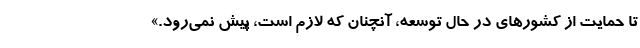
تا حمایت از کشورهای در حال توسعه، آنچنان که لازم است، پیش نمی‌رود.»